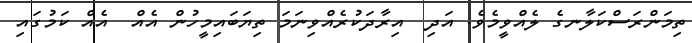
ތިމަންރަސްކަލާނގެ ލެއްވީމެވެ. އަދި  އިރާދަކުރެއްވިނަމަ ތިޔަބައިމީހުން އެއް  އެއް ކަމުގައި